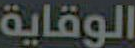
الوقاية